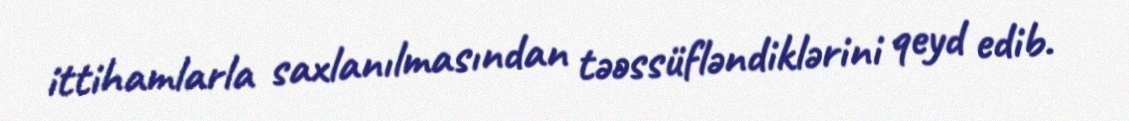
ittihamlarla saxlanılmasından təəssüfləndiklərini qeyd edib.